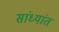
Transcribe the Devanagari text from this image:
सांध्यांत